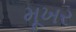
મૂખર